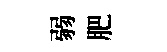
弱肥